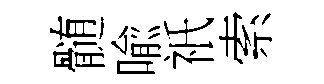
髄喩祇索